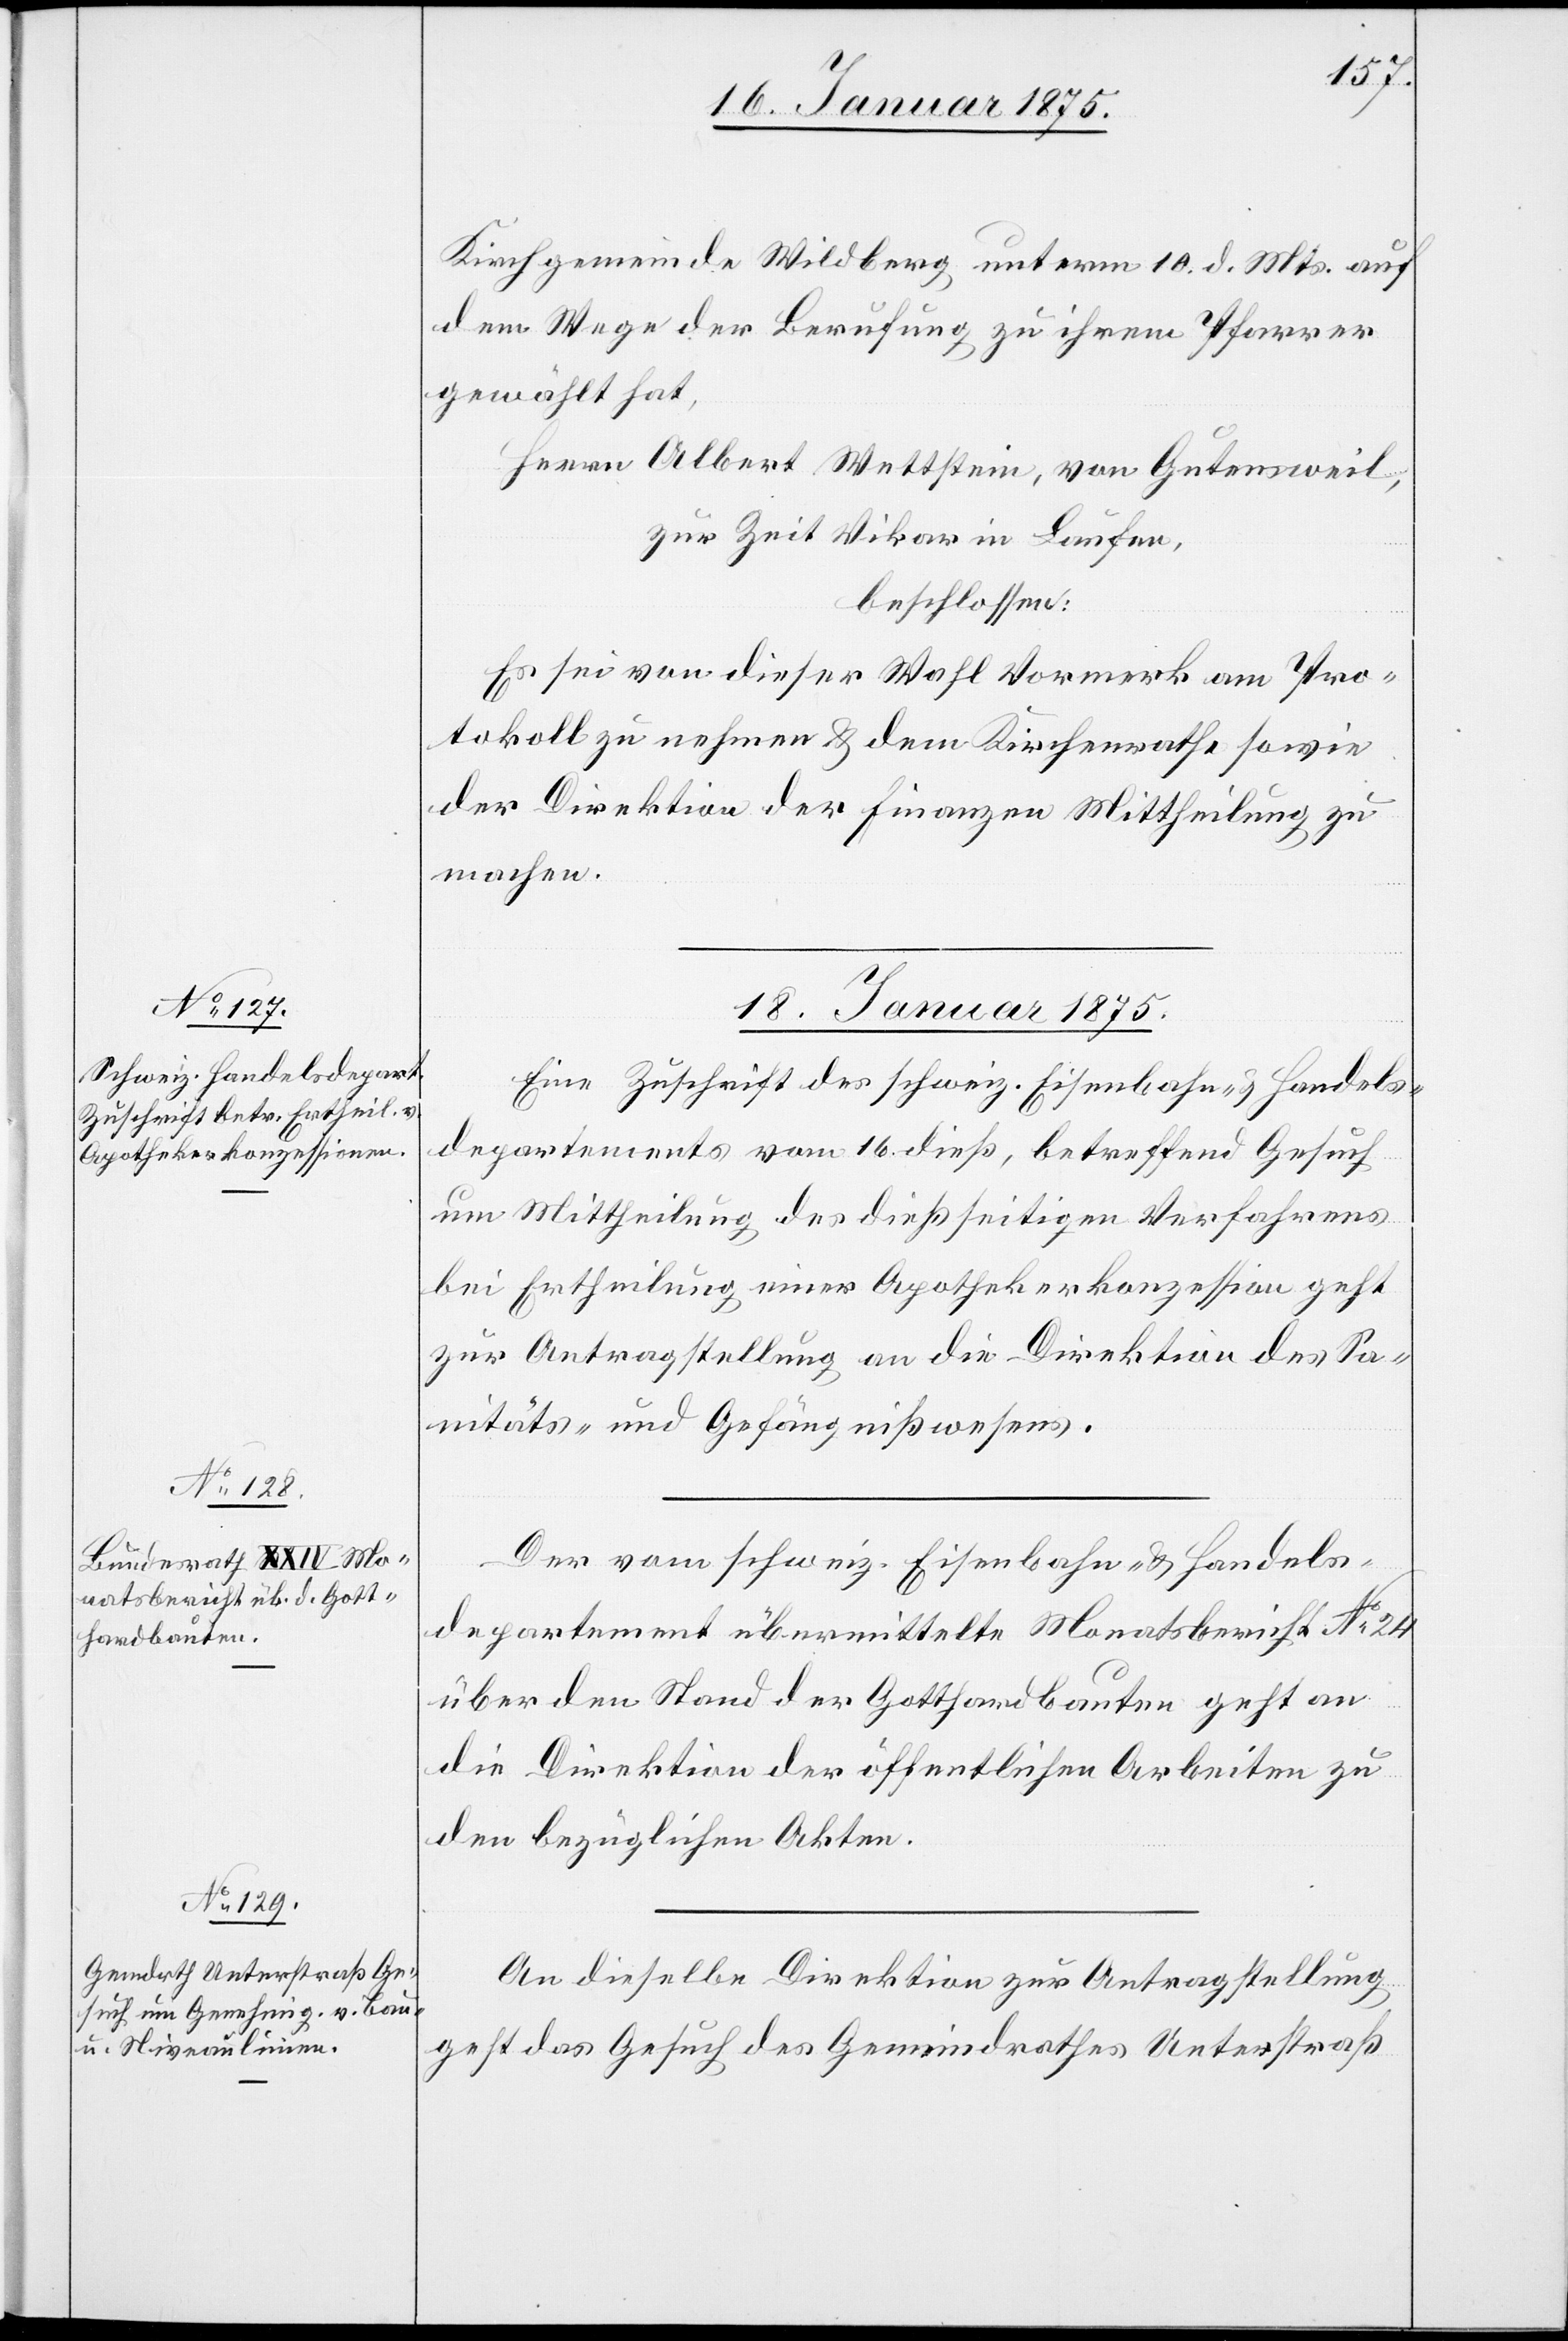
Kirchgemeinde Wildberg unterm 10. d. Mts. auf
dem Wege der Berufung zu ihrem Pfarrer
gewählt hat,
Herrn Albert Wettstein, von Guntensweil,
zur Zeit Vikar in Laufen,
beschloßen:
Es sei von dieser Wahl Vormerk am Pro¬
tokoll zu nehmen & dem Kirchenrathe sowie
der Direktion der Finanzen Mittheilung zu
machen.
18. Januar 1875.]
Eine Zuschrift des schweiz. Eisenbahn- & Handels¬
departements vom 16. dieß, betreffend Gesuch
um Mittheilung des dießseitigen Verfahrens
bei Ertheilung einer Apothekerkonzession geht
zur Antragstellung an die Direktion des Sa¬
nitäts- und Gefängnißwesen.
Der vom schweiz. Eisenbahn- & Handels¬
departement übermittelte Monatsbericht No 24
über den Stand der Gotthardbauten geht an
die Direktion der öffentlichen Arbeiten zu
den bezüglichen Akten.
An dieselbe Direktion zur Antragstellung
geht das Gesuch des Gemeindrathes Unterstraß